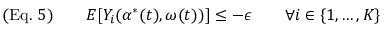
( { \mathrm { E q . ~ } } 5 ) \qquad E [ Y _ { i } ( \alpha ^ { * } ( t ) , \omega ( t ) ) ] \leq - \epsilon \qquad \forall i \in \{ 1 , \ldots , K \}